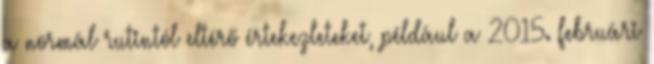
a normál rutintól eltérő értekezleteket, például a 2015. februári